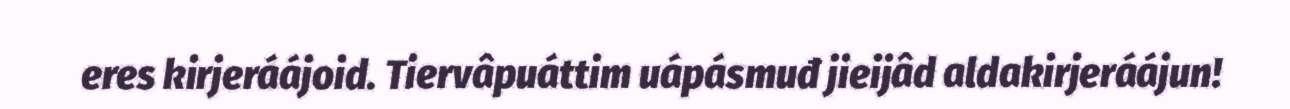
eres kirjeráájoid. Tiervâpuáttim uápásmuđ jieijâd aldakirjeráájun!